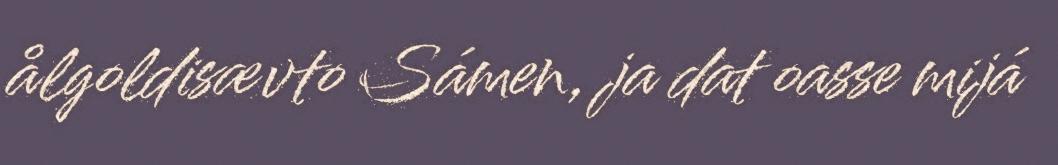
ålgoldisævto Sámen, ja dat oasse mijá